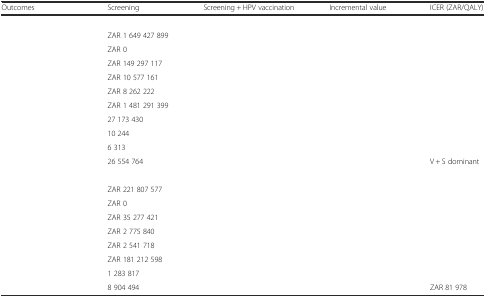
<table><thead><tr><td><b>Outcomes</b></td><td><b>Screening</b></td><td><b>Screening + HPV vaccination</b></td><td><b>Incremental value</b></td><td><b>ICER (ZAR/QALY)</b></td></tr></thead><tbody><tr><td colspan="5">[EMPTY_CELL]</td></tr><tr><td>[EMPTY_CELL]</td><td>ZAR 1 649 427 899</td><td>[EMPTY_CELL]</td><td>[EMPTY_CELL]</td><td>[EMPTY_CELL]</td></tr><tr><td>[EMPTY_CELL]</td><td>ZAR 0</td><td>[EMPTY_CELL]</td><td>[EMPTY_CELL]</td><td>[EMPTY_CELL]</td></tr><tr><td>[EMPTY_CELL]</td><td>ZAR 149 297 117</td><td>[EMPTY_CELL]</td><td>[EMPTY_CELL]</td><td>[EMPTY_CELL]</td></tr><tr><td>[EMPTY_CELL]</td><td>ZAR 10 577 161</td><td>[EMPTY_CELL]</td><td>[EMPTY_CELL]</td><td>[EMPTY_CELL]</td></tr><tr><td>[EMPTY_CELL]</td><td>ZAR 8 262 222</td><td>[EMPTY_CELL]</td><td>[EMPTY_CELL]</td><td>[EMPTY_CELL]</td></tr><tr><td>[EMPTY_CELL]</td><td>ZAR 1 481 291 399</td><td>[EMPTY_CELL]</td><td>[EMPTY_CELL]</td><td>[EMPTY_CELL]</td></tr><tr><td>[EMPTY_CELL]</td><td>27 173 430</td><td>[EMPTY_CELL]</td><td>[EMPTY_CELL]</td><td>[EMPTY_CELL]</td></tr><tr><td>[EMPTY_CELL]</td><td>10 244</td><td>[EMPTY_CELL]</td><td>[EMPTY_CELL]</td><td>[EMPTY_CELL]</td></tr><tr><td>[EMPTY_CELL]</td><td>6 313</td><td>[EMPTY_CELL]</td><td>[EMPTY_CELL]</td><td>[EMPTY_CELL]</td></tr><tr><td>[EMPTY_CELL]</td><td>26 554 764</td><td>[EMPTY_CELL]</td><td>[EMPTY_CELL]</td><td>V + S dominant</td></tr><tr><td colspan="5">[EMPTY_CELL]</td></tr><tr><td>[EMPTY_CELL]</td><td>ZAR 221 807 577</td><td>[EMPTY_CELL]</td><td>[EMPTY_CELL]</td><td>[EMPTY_CELL]</td></tr><tr><td>[EMPTY_CELL]</td><td>ZAR 0</td><td>[EMPTY_CELL]</td><td>[EMPTY_CELL]</td><td>[EMPTY_CELL]</td></tr><tr><td>[EMPTY_CELL]</td><td>ZAR 35 277 421</td><td>[EMPTY_CELL]</td><td>[EMPTY_CELL]</td><td>[EMPTY_CELL]</td></tr><tr><td>[EMPTY_CELL]</td><td>ZAR 2 775 840</td><td>[EMPTY_CELL]</td><td>[EMPTY_CELL]</td><td>[EMPTY_CELL]</td></tr><tr><td>[EMPTY_CELL]</td><td>ZAR 2 541 718</td><td>[EMPTY_CELL]</td><td>[EMPTY_CELL]</td><td>[EMPTY_CELL]</td></tr><tr><td>[EMPTY_CELL]</td><td>ZAR 181 212 598</td><td>[EMPTY_CELL]</td><td>[EMPTY_CELL]</td><td>[EMPTY_CELL]</td></tr><tr><td>[EMPTY_CELL]</td><td>1 283 817</td><td>[EMPTY_CELL]</td><td>[EMPTY_CELL]</td><td>[EMPTY_CELL]</td></tr><tr><td>[EMPTY_CELL]</td><td>8 904 494</td><td>[EMPTY_CELL]</td><td>[EMPTY_CELL]</td><td>ZAR 81 978</td></tr></tbody></table>